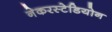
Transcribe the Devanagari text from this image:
नेकरस्टेडियोन